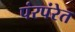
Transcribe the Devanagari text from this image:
पंरपंरेत